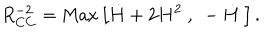
R _ { C C } ^ { - 2 } = \mathrm { M a x } \left[ \dot { H } + 2 H ^ { 2 } ~ , ~ - \dot { H } ~ \right] .